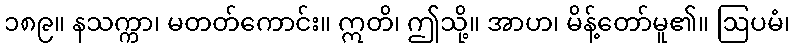
၁၈၉။ နသက္ကာ၊ မတတ်ကောင်း။ ဣတိ၊ ဤသို့။ အာဟ၊ မိန့်တော်မူ၏။ ဩပမံ၊